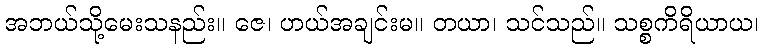
အဘယ်သို့မေးသနည်း။ ဇေ၊ ဟယ်အချင်းမ။ တယာ၊ သင်သည်။ သစ္စကိရိယာယ၊